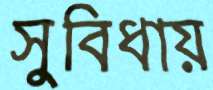
সুবিধায়